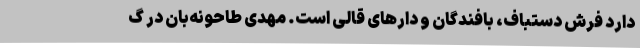
دارد فرش دستباف، بافندگان و دارهای قالی است. مهدی طاحونه‌بان در گ